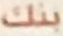
بنك